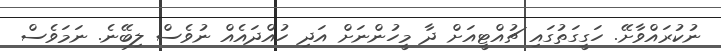
ނުކުރައްވާށޭ. ހަގީގަތުގައި ޗުއްޓީއަށް ދާ މީހުންނަށް އަދި ހުއްދައެއް ނުވެސް ލިބޭނެ. ނަމަވެސް